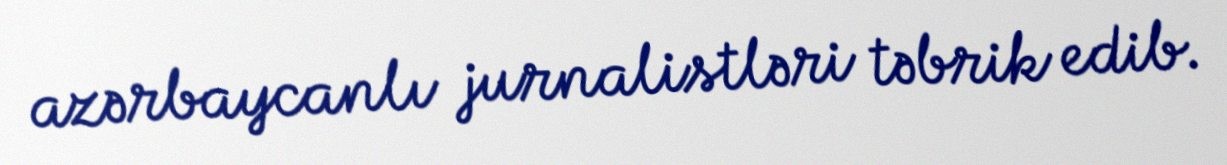
azərbaycanlı jurnalistləri təbrik edib.